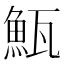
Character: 𩶏